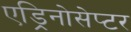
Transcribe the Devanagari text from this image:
एड्रिनोसेप्टर